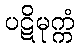
ပဋိမုက္ကံ